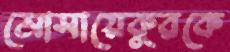
মোসায়েকুরকে